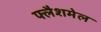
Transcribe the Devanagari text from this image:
फ्लैशमेल